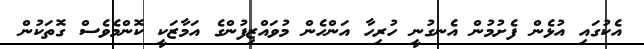
އެކުގައި އުޅެން ފެށުމުން އެނގުނީ ހުރިހާ އަންހެން މުވައްޒިފުންގެ އަމާޒަކީ ކޮންމެވެސް ގޮތަކުން